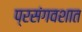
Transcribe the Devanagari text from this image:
प्रसंगवशात